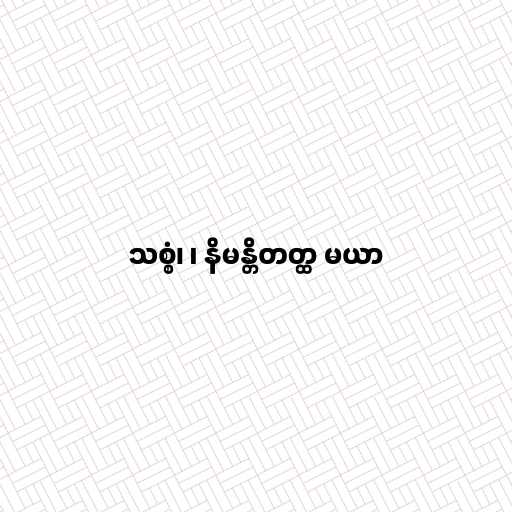
သစ္စံ၊ ၊ နိမန္တိတတ္ထ မယာ